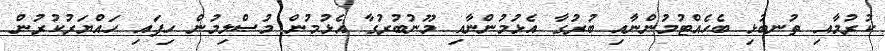
ކުރުމާއި ތުނބުޅި ބެހެއްޓުމުންނާއި ބުރުގާ އެޅުމުންނާއި މޫނުބުރުގާ އެޅުމުން މުސްލިމުން ހިފައި ހައްޔަރުކުރުން